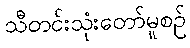
သီတင်းသုံးတော်မူစဉ်